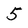
Character: 5